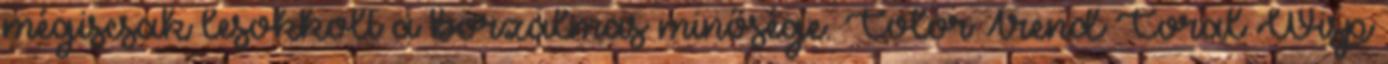
mégiscsak lesokkolt a borzalmas minősége. Color Trend Coral Wisp